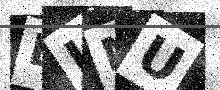
Text: BJMU